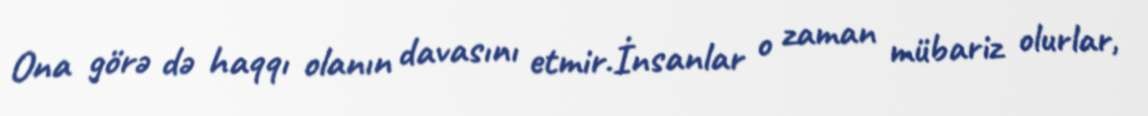
Ona görə də haqqı olanın davasını etmir.İnsanlar o zaman mübariz olurlar,